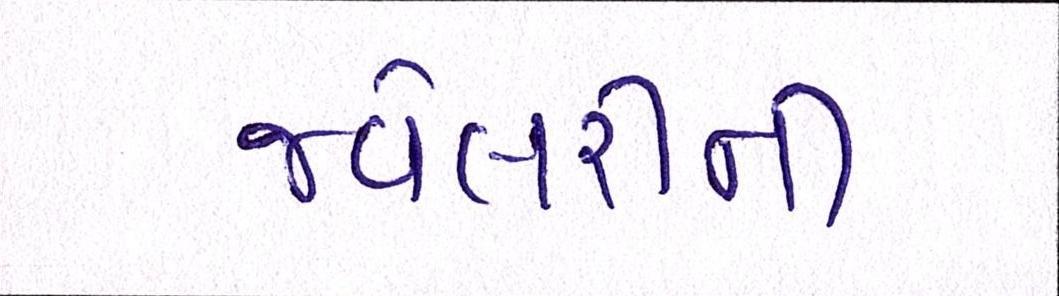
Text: જ્વેલરીની